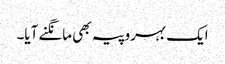
ایک بہروپیہ بھی مانگنے آیا۔